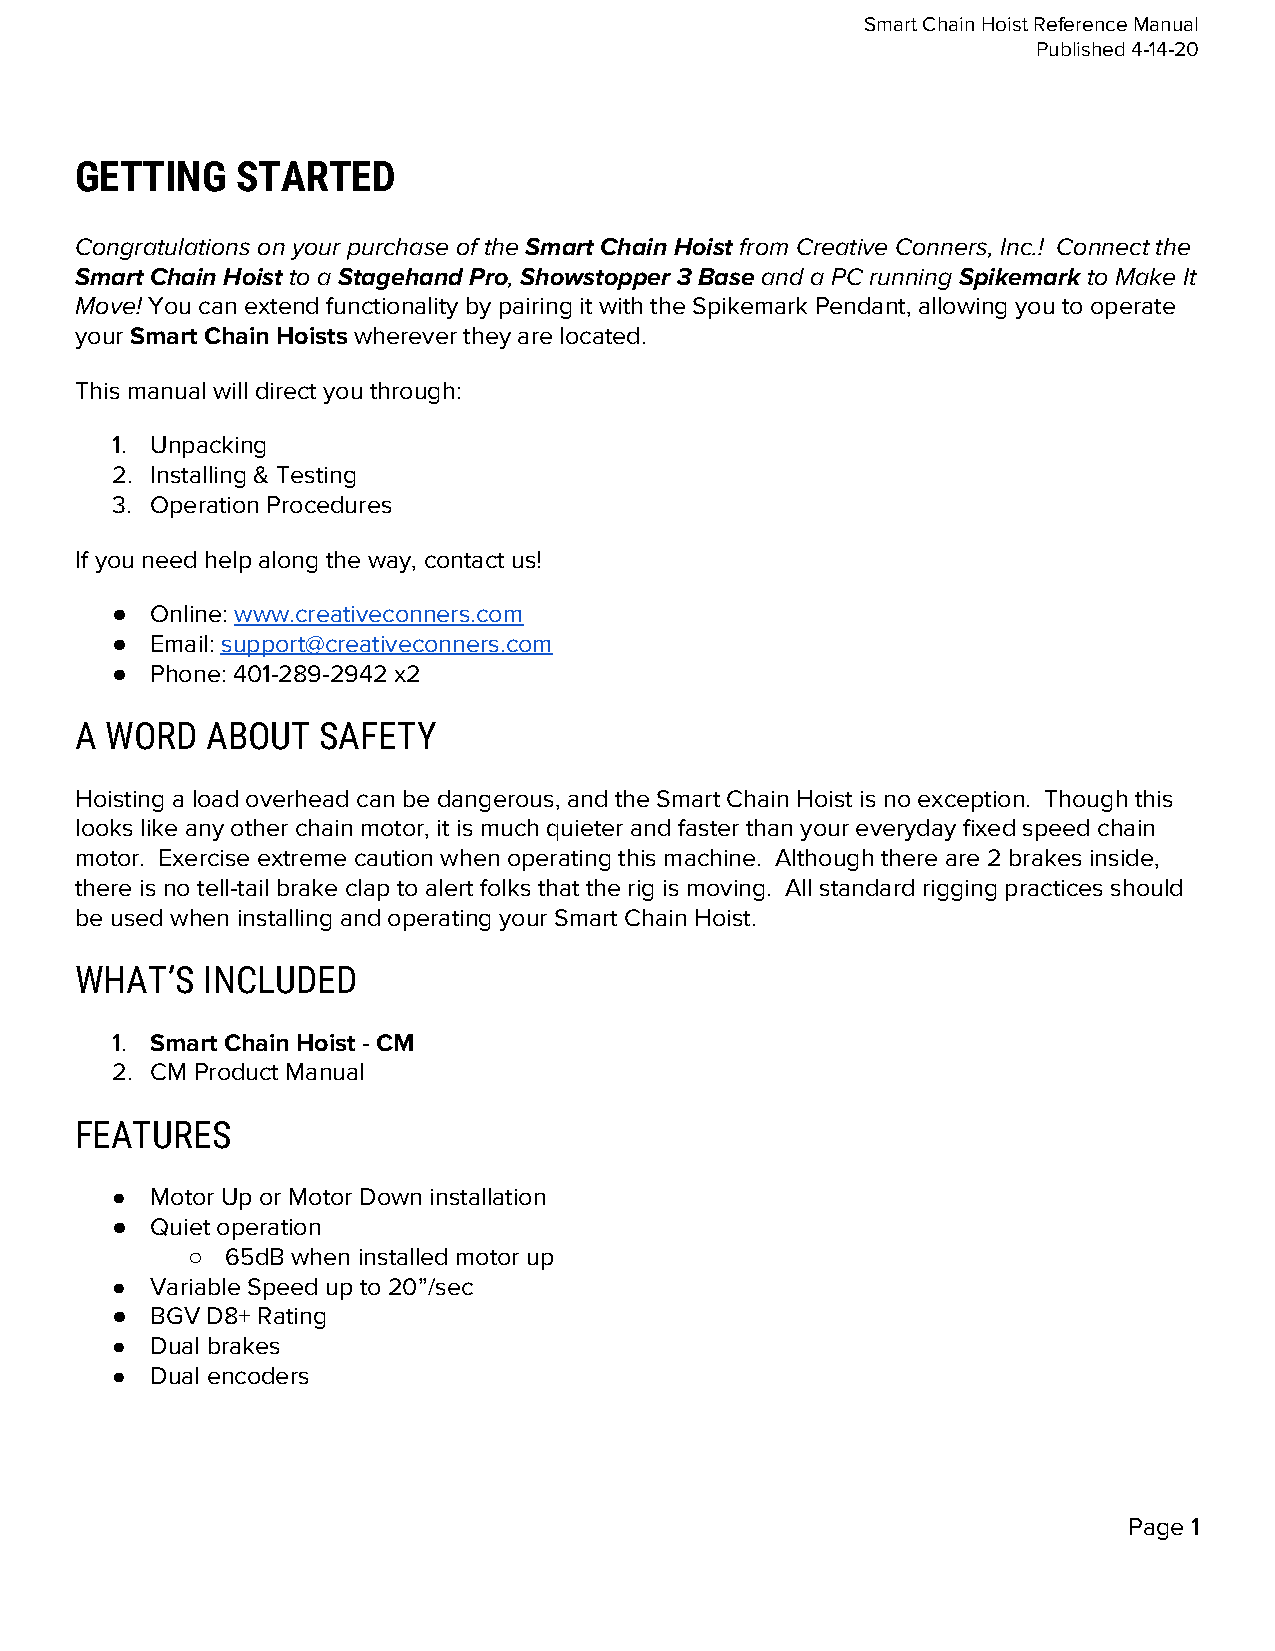
Smart Chain Hoist Reference Manual
 Published 4-14-20
 GETTING    STARTED
 Congratulations on your purchase of the Smart Chain Hoist from Creative Conners, Inc.! Connect the
 ​              ​
 Smart Chain Hoist to a Stagehand Pro, Showstopper 3 Base and a PC running Spikemark to Make It
 ​   ​          ​​               ​            ​        ​
 Move! You can extend functionality by pairing it with the Spikemark Pendant, allowing you to operate
 ​
 your Smart Chain Hoists wherever they are located.
 ​             ​
 This manual will direct you through:
 1. Unpacking
 2. Installing & Testing
 3. Operation Procedures
 If you need help along the way, contact us!
 ●  Online: www.creativeconners.com
 ​
 ●  Email: support@creativeconners.com
 ​
 ●  Phone: 401-289-2942 x2
 A WORD   ABOUT  SAFETY
 Hoisting a load overhead can be dangerous, and the Smart Chain Hoist is no exception. Though this
 looks like any other chain motor, it is much quieter and faster than your everyday fixed speed chain
 motor. Exercise extreme caution when operating this machine. Although there are 2 brakes inside,
 there is no tell-tail brake clap to alert folks that the rig is moving. All standard rigging practices should
 be used when installing and operating your Smart Chain Hoist.
 WHAT’S  INCLUDED
 1. Smart Chain Hoist - CM
 2. CM Product Manual
 FEATURES
 ●  Motor Up or Motor Down installation
 ●  Quiet operation
 ○  65dB when installed motor up
 ●  Variable Speed up to 20”/sec
 ●  BGV D8+ Rating
 ●  Dual brakes
 ●  Dual encoders
 Page 1